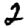
Digit: 2